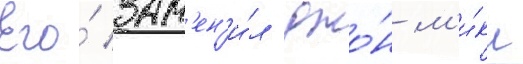
Его́ зам'ен'и́л джо́н м'и́кл